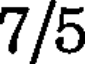
7/5